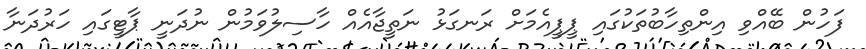
ފަހުން ބޭއްވި އިންތިހާބުތަކުގައި ޕީޕީއެމަށް ރަނގަޅު ނަތީޖާއެއް ހާސިލުވަމުން ނުދަނީ ޕާޓީގައި ހަރުދަނާ